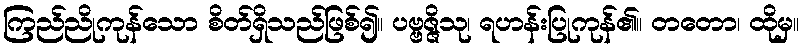
ကြည်ညိုကုန်သော စိတ်ရှိသည်ဖြစ်၍။ ပဗ္ဗဇ္ဇိသု၊ ရဟန်းပြုကုန်၏။ တတော၊ ထိုမှ။